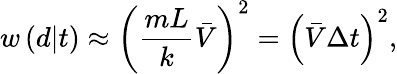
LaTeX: w\left(d|t\right)\approx\left(\frac{mL}k\bar{V}\right)^{2}=\left(\bar{V}\Delta t\right)^{2},